King Institute of Preventive Medicine Micro-Biological Section reports 1912-19
Year: 1912
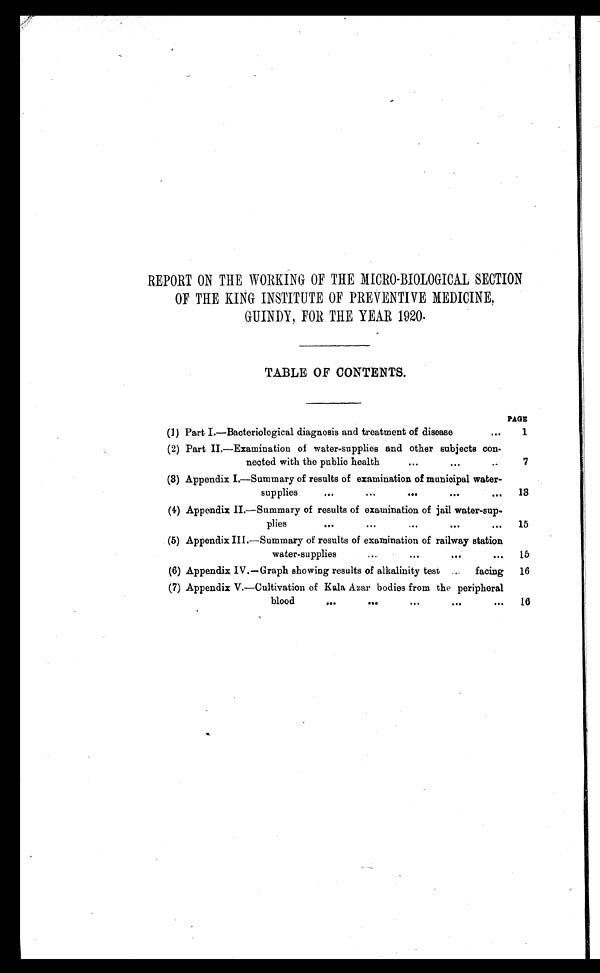
REPORT ON THE WORKING OF THE MICRO-BIOLOGICAL SECTION
OF THE KING INSTITUTE OF PREVENTIVE MEDICINE,
GUINDY, FOR THE YEAR 1920.
TABLE OF CONTENTS.
(1) Part I.—Bacteriological diagnosis and treatment of disease
...
PAGE
1
(2) Part II.—Examination of water-supplies and other subjects con-
nected with the public health
...
...
...
7
(3) Appendix I.—Summary of results of examination of municipal water-
supplies
...
...
...
...
...
13
(4) Appendix II.—Summary of results of examination of jail water-sup-
plies
...
...
...
...
...
15
(5) Appendix III.—Summary of results of examination of railway station
water-supplies
... ... ... ...
15
(6) Appendix IV.—Graph showing results of alkalinity test
...
facing
16
(7) Appendix V.—Cultivation of Kala Azar bodies from the peripheral
blood
...
...
...
...
...
16